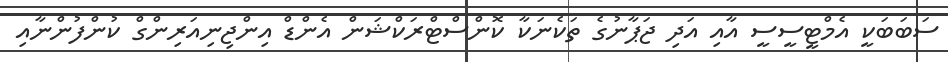
ސަބަބަކީ އެމްޓީސީސީ އާއި އަދި ޖަޕާނުގެ ތަކެނަކާ ކޮންސްޓްރަކްޝަން އެންޑް އިންޖިނިއަރިންގް ކުންފުންނާއި